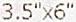
3.5"X6"